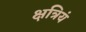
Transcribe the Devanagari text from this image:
क्षत्रियं